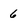
Character: 6